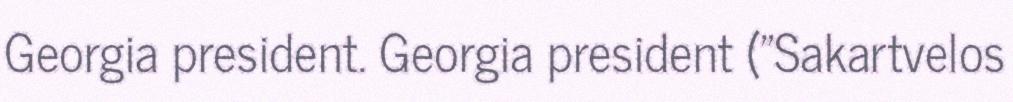
Georgia president. Georgia president ("Sakartvelos